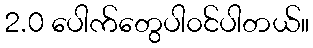
2.0 ပေါက်တွေပါ၀င်ပါတယ်။